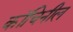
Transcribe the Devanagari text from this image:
कॉचिनील